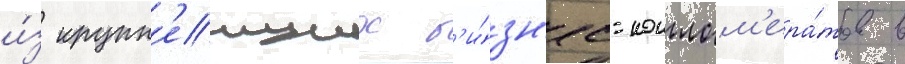
и́з крупн'еиших б'и́зн'ес-конглом'ера́тов в